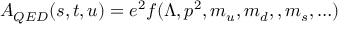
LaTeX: A _ { Q E D } ( s , t , u ) = e ^ { 2 } f ( \Lambda , p ^ { 2 } , m _ { u } , m _ { d } , , m _ { s } , \ldots ) \,